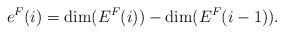
LaTeX: \begin{align*} e^F(i)=\dim(E^F(i))-\dim (E^F(i-1)).\end{align*}